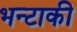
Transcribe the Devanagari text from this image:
भन्टाकी